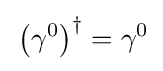
\,\left(\gamma ^{0}\right)^{\dagger }=\gamma ^{0}